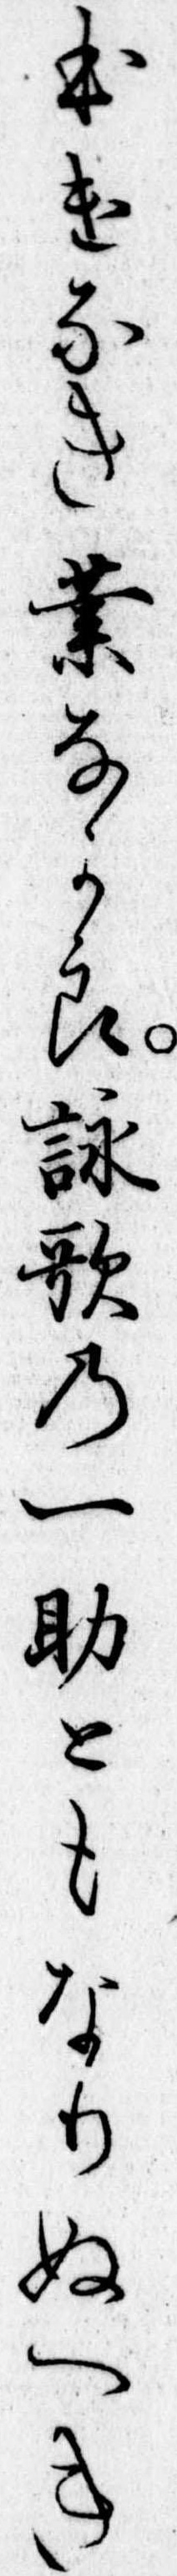
ほけなき業なから詠歌の一助ともなりぬへき